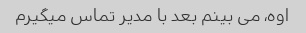
اوه، می بینم بعد با مدیر تماس میگیرم